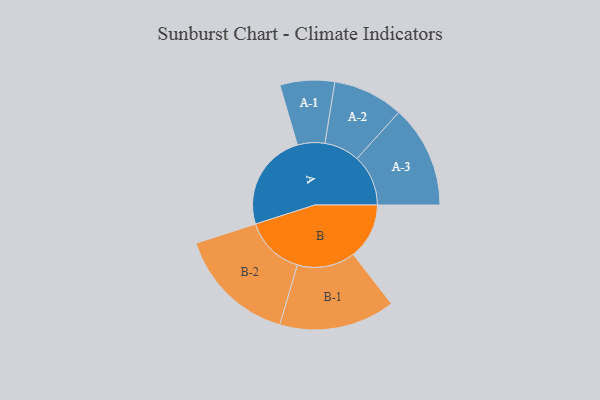
{"axis": {"x": "Segment", "y": "Value"}, "legend": ["", "A", "B"], "data": [{"x": "A", "y": 380, "type": ""}, {"x": "B", "y": 217, "type": ""}, {"x": "A-1", "y": 106, "type": "A"}, {"x": "A-2", "y": 137, "type": "A"}, {"x": "A-3", "y": 199, "type": "A"}, {"x": "B-1", "y": 225, "type": "B"}, {"x": "B-2", "y": 232, "type": "B"}]}